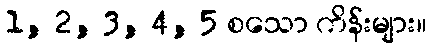
1, 2, 3, 4, 5 စသော ကိန်းများ။